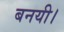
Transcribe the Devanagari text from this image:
बनयी।